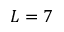
L = 7